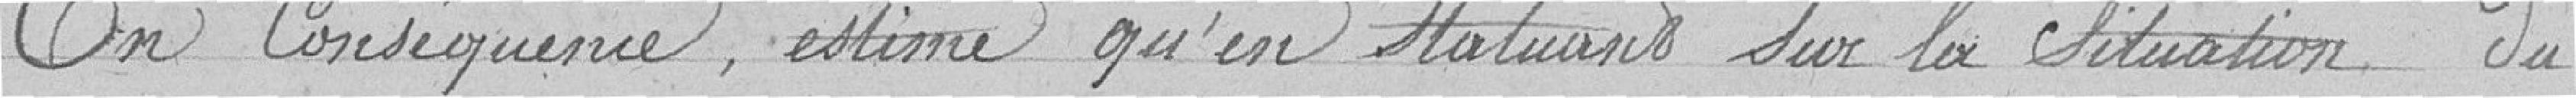
En conséquence , estime qu'en statuant sur la Situation du